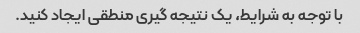
با توجه به شرایط، یک نتیجه گیری منطقی ایجاد کنید.